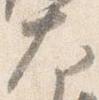
大